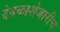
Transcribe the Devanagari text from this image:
देवळाशेजारीच